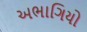
અભાગિયો